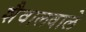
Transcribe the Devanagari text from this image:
शैवालवाले